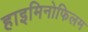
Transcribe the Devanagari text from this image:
हाइमिनोफिलम